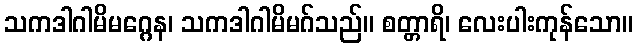
သကဒါဂါမိမဂ္ဂေန၊ သကဒါဂါမိမဂ်သည်။ စတ္တာရိ၊ လေးပါးကုန်သော။